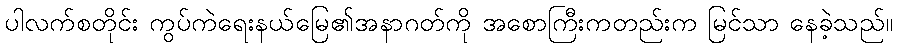
ပါလက်စတိုင်း ကွပ်ကဲရေးနယ်မြေ၏အနာဂတ်ကို အစောကြီးကတည်းက မြင်သာ နေခဲ့သည်။